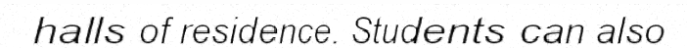
halls of residence. Students can also